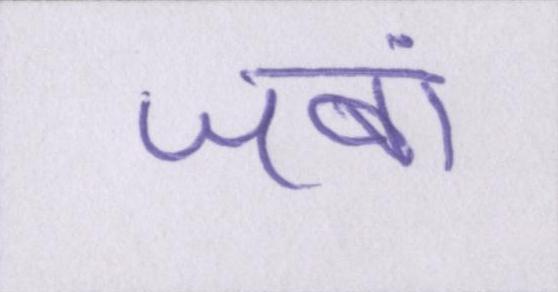
जबां